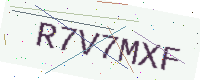
Text: R7V7MXF